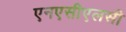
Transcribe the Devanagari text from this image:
एनएसीएलसी